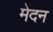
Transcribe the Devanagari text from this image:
मेदन